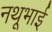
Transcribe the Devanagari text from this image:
नथूभाई